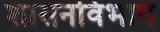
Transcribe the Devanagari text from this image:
शासनविभाग